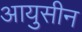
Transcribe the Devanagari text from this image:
आयुसीन